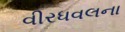
વીરધવલના